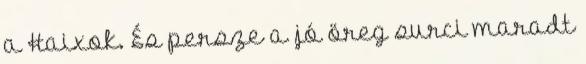
a Haixok. És persze a jó öreg surci maradt